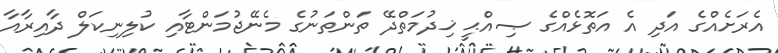
އެރަށެއްގެ އަދި އެ އަތޮޅެއްގެ ޞިއްޙީ ޚިދުމަތްދޭ ތަންތަނުގެ މެނޭޖުމަންޓާއި ކުލިނިކަލް ދާއިރާއާ